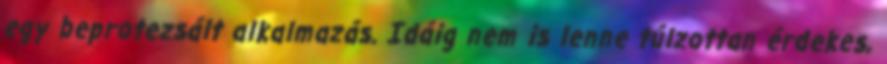
egy beprotezsált alkalmazás. Idáig nem is lenne túlzottan érdekes,